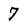
Character: 7